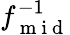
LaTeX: f_{\mathrm{~m~i~d~}}^{-1}